Report of the Indian Hemp Drugs Commission, 1894-1895 - Volume V
Year: 1894
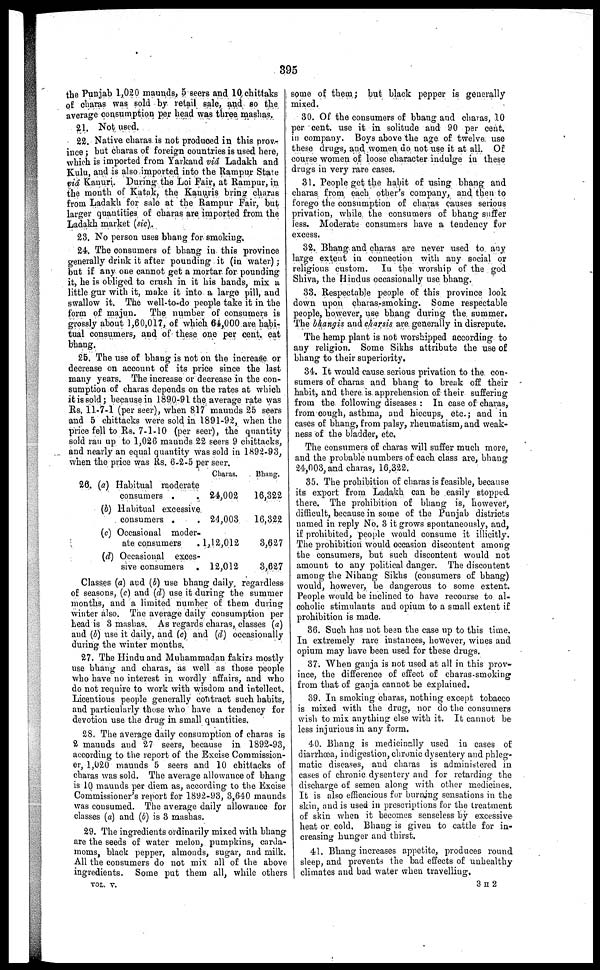
395
the Punjab 1,020 maunds, 5 seers and 10 chittaks
of charas was sold by retail sale, and so the
average consumption per head was three mashas.
21. Not used.
22. Native charas is not produced in this prov-
ince; but charas of foreign countries is used here,
which is imported from Yarkand viâ, Ladakh and
Kulu, and is also imported into the Rampur State
via Kanuri. During the Loi Pair, at Rampur, in
the mouth of Katak, the Kanuris bring charas
from Ladakh for sale at the Rampur Fair, but
larger quantities of charas are imported from the
Ladakh market (sic).
23. No person uses bhang for smoking.
24. The consumers of bhang in this province
generally drink it after pounding it (in water);
but if any one cannot get a mortar for pounding
it, he is obliged to crush in it his hands, mix a
little gur with it, make it into a large pill, and
swallow it. The well-to-do people take it in the
form of majun.
The number of consumers is
grossly about 1,60,017, of which 64,000 are habi-
tual consumers, and of these one per cent. eat
bhang.
25. The use of bhang is not on the increase or
decrease on account of its price since the last
many years. The increase or decrease in the con-
sumption of charas depends on the rates at which
it is sold; because in 1890-91 the average rate was
Rs. 11-7-1 (per seer), when 817 maunds 25 seers
and 5 chittacks were sold in 1891-92, when the
price fell to Rs. 7-1-10 (per seer), the quantity
sold ran up to 1,020 maunds 22 seers 9 chittacks,
and nearly an equal quantity was sold in 1892-93,
when the price was Rs. 6-2-5 per seer.
26. (a)
(b)
(c)
(d)
Habitual moderate
consumers . .
Habitual excessive
consumers .
.
Occasional moder-
ate consumers
Occasional exces-
sive consumers .
Charas.
24,002
24,003
1,12,012
12,012
Bhang.
16,322
16,322
3,627
3,627
Classes (a) and (b) use bhang daily, regardless
of seasons, (c) and (d) use it during the summer
months, and a limited number of them during
winter also. The average daily consumption per
head is 3 mashas. As regards charas, classes (a)
and (b) use it daily, and (c) and (d) occasionally
during the winter months.
27. The Hindu and Muhammadan fakirs mostly
use bhang and charas, as well as those people
who have no interest in wordly affairs, and who
do not require to work with wisdom and intellect.
Licentious people generally contract such habits,
and particularly those who have a tendency for
devotion use the drug in small quantities.
28. The average daily consumption of charas is
2 maunds and 27 seers, because in 1892-93,
according to the report of the Excise Commission-
er, 1,020 maunds 5 seers and 10 chittacks of
charas was sold. The average allowance of bhang
is 10 maunds per diem as, according to the Excise
Commissioner's report for 1892-93, 3,640 maunds
was consumed. The average daily allowance for
classes (a) and (b) is 3 mashas.
29. The ingredients ordinarily mixed with bhang
are the seeds of water melon, pumpkins, carda-
moms, black pepper, almonds, sugar, and milk.
All the consumers do not mix all of the above
ingredients. Some put them all, while others
VOL. V.
some of them; but black pepper is generally
mixed.
30. Of the consumers of bhang and charas, 10
per cent. use it in solitude and 90 per cent.
in company. Boys above the age of twelve use
these drugs, and women do not use it at all. Of
course women of loose character indulge in these
drugs in very rare cases.
31. People get the habit of using bhang and
charas from each other's company, and then to
forego the consumption of charas causes serious
privation, while the consumers of bhang suffer
less. Moderate consumers have a tendency for
excess.
32. Bhang and charas are never used to any
large extent in connection with any social or
religious custom. In the worship of the god
Shiva, the Hindus occasionally use bhang.
33. Respectable people of this province look
down upon charas-smoking. Some respectable
people, however, use bhang during the summer.
The bhangis and charsis are generally in disrepute.
The hemp plant is not worshipped according to
any religion. Some Sikhs attribute the use of
bhang to their superiority.
34. It would cause serious privation to the con-
sumers of charas and bhang to break off their
habit, and there is apprehension of their suffering
from the following diseases: In case of charas,
from cough, asthma, and hiccups, etc.; and in
cases of bhang, from palsy, rheumatism, and weak-
ness of the bladder, etc.
The consumers of charas will suffer much more,
and the probable numbers of each class are, bhang
24,603, and charas, 16,322.
35. The prohibition of charas is feasible, because
its export from Ladakh can be easily stopped
there. The prohibition of bhang is, however,
difficult, because in some of the Punjab districts
named in reply No. 3 it grows spontaneously, and,
if prohibited, people would consume it illicitly.
The prohibition would occasion discontent among
the consumers, but such discontent would not
amount to any political danger. The discontent
among the Nihang Sikhs (consumers of bhang)
would, however, be dangerous to some extent.
People would be inclined to have recourse to al-
coholic stimulants and opium to a small extent if
prohibition is made.
36. Such has not been the case up to this time.
In extremely rare instances, however, wines and
opium may have been used for these drugs.
37. When ganja is not used at all in this prov-
ince, the difference of effect of charas-smoking
from that of ganja cannot be explained.
39. In smoking charas, nothing except tobacco
is mixed with the drug, nor do the consumers
wish to mix anything else with it. It cannot be
less injurious in any form.
40. Bhang is medicinally used in cases of
diarrhœa, indigestion, chronic dysentery and phleg-
matic diseases, and charas is administered in
cases of chronic dysentery and for retarding the
discharge of semen along with other medicines.
It is also efficacious for burning sensations in the
skin, and is used in prescriptions for the treatment
of skin when it becomes senseless by excessive
heat or cold. Bhang is given to cattle for in-
creasing hunger and thirst.
41. Bhang increases appetite, produces round
sleep, and prevents the bad effects of unhealthy
climates and bad water when travelling.
3 H 2